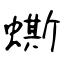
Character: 蟖